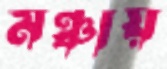
মঞ্চায়